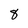
Character: 8